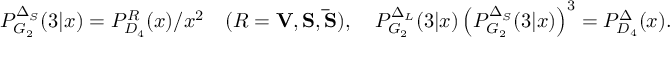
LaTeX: P _ { G _ { 2 } } ^ { \Delta _ { S } } ( 3 | x ) = P _ { D _ { 4 } } ^ { { \cal R } } ( x ) / x ^ { 2 } \quad ( { \cal R } = { \bf V } , { \bf S } , { \bf \bar { S } } ) , \quad P _ { G _ { 2 } } ^ { \Delta _ { L } } ( 3 | x ) \left( P _ { G _ { 2 } } ^ { \Delta _ { S } } ( 3 | x ) \right) ^ { 3 } = P _ { D _ { 4 } } ^ { \Delta } ( x ) .